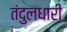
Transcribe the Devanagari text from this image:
तंदुलधारी